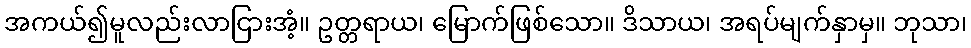
အကယ်၍မူလည်းလာငြားအံ့။ ဥတ္တရာယ၊ မြောက်ဖြစ်သော။ ဒိသာယ၊ အရပ်မျက်နှာမှ။ ဘုသာ၊